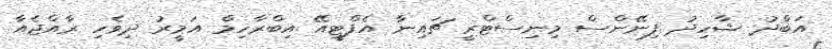
އަބްދު ޝާހިދު ފިނޭންސް މިނިސްޓްރީ ޗައިނާ އެފްޓީއޭ އިބްރާހިމް އަމީރު ދިވެހި ރާއްޖެއާ